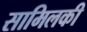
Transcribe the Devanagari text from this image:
सामिलकी